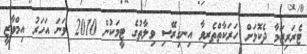
ޓެރަރިޒަމާ ދެކޮޅަށް ހަރަކާތްތެރިވާ އިނގިރޭސި ވިލާތުގެ ޓީމަކުން 2010 ވަނަ އަހަރު އިމްވާޒީ